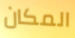
المكان